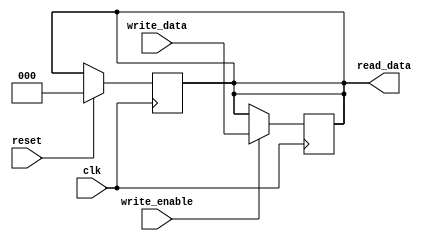


//assume read at posedge and write at negative edge
module flag_reg #(parameter Width=3)(read_data, write_data,clk,write_enable,reset);

input clk,write_enable,reset;
input [Width-1:0] write_data;
output [Width-1:0]read_data;

reg [Width-1:0]reg_internal;

always @(posedge clk) begin
	if(reset)
	begin
		reg_internal = 'b0;
	end
end
assign read_data = reg_internal;
//NOTE:negedge not posedge	
always @(negedge clk) begin
	if(write_enable)
	begin
		reg_internal = write_data;
	end
end

endmodule